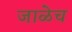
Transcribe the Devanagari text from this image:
जाळेच